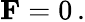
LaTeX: {\textbf{F}}=0\, .